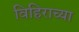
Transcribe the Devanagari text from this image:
विहिराच्या